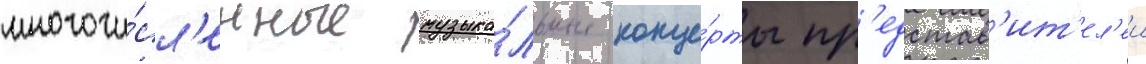
многочи́сл'енные музыка́льные конце́рты пр'едстав'ит'ел'еи